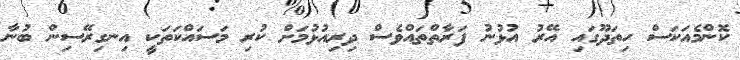
ކޮންމެއަކަސް ހިތަދޫގައި އޭރު އުޅުނު ފަރާތްތައްވެސް ދިރިއުޅުމަށް ކުރި މަސައްކަތަކީ އިނގިރޭސިން ބުނާ